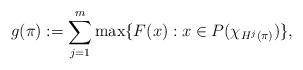
LaTeX: \begin{align*} g(\pi) := \sum_{j=1}^m \max\{F(x): x \in P(\chi_{H^j(\pi)}) \},\end{align*}